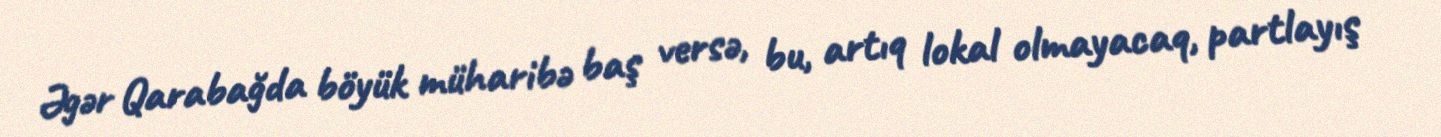
Əgər Qarabağda böyük müharibə baş versə, bu, artıq lokal olmayacaq, partlayış